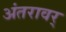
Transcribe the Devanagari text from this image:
अंतरावर्